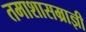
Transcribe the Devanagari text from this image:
तमाशासम्राज्ञी